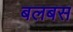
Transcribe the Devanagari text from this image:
बलबस